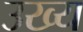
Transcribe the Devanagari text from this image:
उख्य